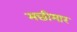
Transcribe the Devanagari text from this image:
मछीमार